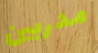
مدربين